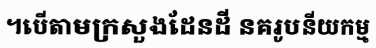
។បើតាមក្រសួងដែនដី នគរូបនីយកម្ម